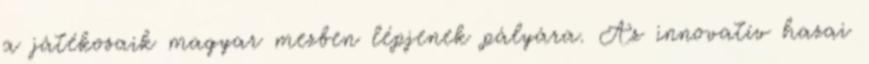
a játékosaik magyar mezben lépjenek pályára. Az innovatív hazai